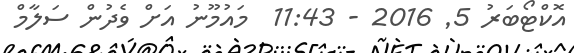
އޮކްޓޯބަރު 5